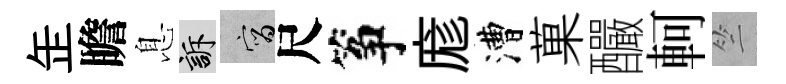
𦈢瞻息訴宵尺筝庬漕菓釅軻竺